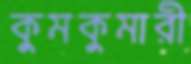
কুমকুমারী